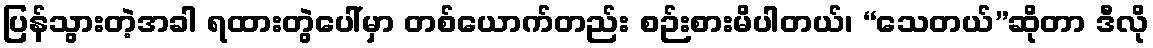
ပြန်သွားတဲ့အခါ ရထားတွဲပေါ်မှာ တစ်ယောက်တည်း စဉ်းစားမိပါတယ်၊ “သေတယ်”ဆိုတာ ဒီလို